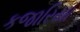
કજારિયા